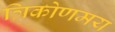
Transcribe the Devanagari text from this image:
त्रिकोणमय